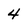
Character: 4